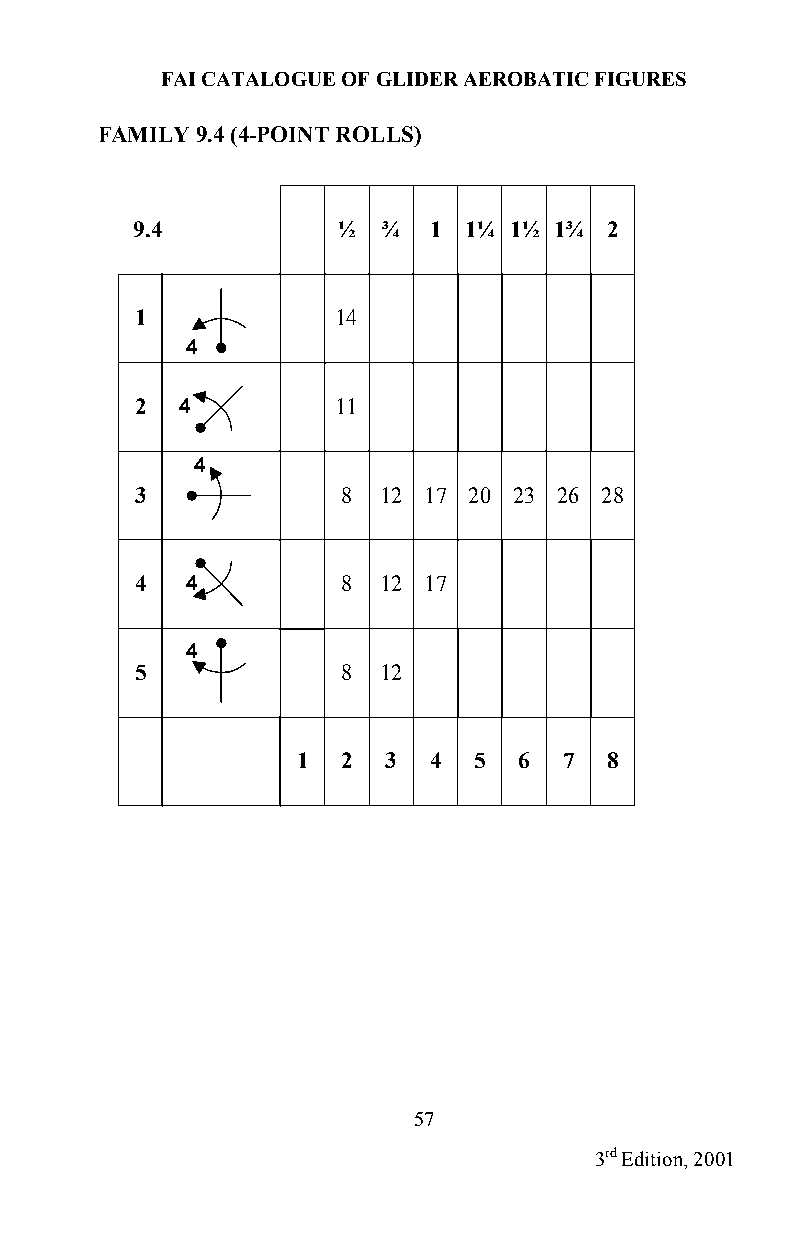
FAI CATALOGUE OF GLIDER AEROBATIC FIGURES
 FAMILY 9.4 (4-POINT ROLLS)
 9.4          ½  ¾  1  1¼ 1½ 1¾ 2
 1            14
 4
 2  4         11
 4
 3             8 12 17 20 23 26 28
 4  4          8 12 17
 4
 5             8 12
 1  2 3  4  5  6  7  8
 57
 3rd Edition, 2001